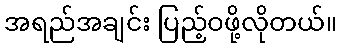
အရည်အချင်း ပြည့်ဝဖို့လိုတယ်။